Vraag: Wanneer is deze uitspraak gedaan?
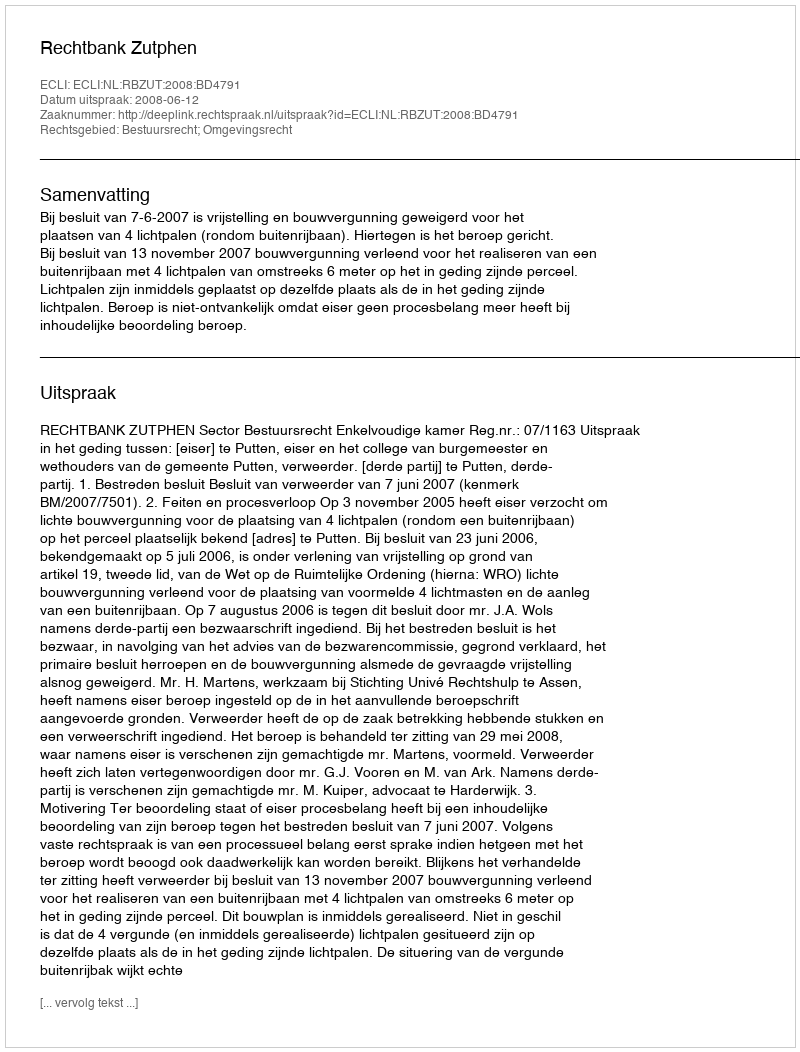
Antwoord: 2008-06-12